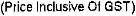
(PRICE INCLUSIVE OF GST)